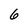
Character: 6